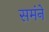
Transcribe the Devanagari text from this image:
समंने